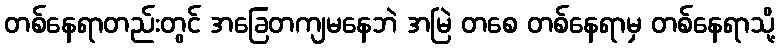
တစ်နေရာတည်းတွင် အခြေတကျမနေဘဲ အမြဲ တစေ တစ်နေရာမှ တစ်နေရာသို့